Indian Medical Review
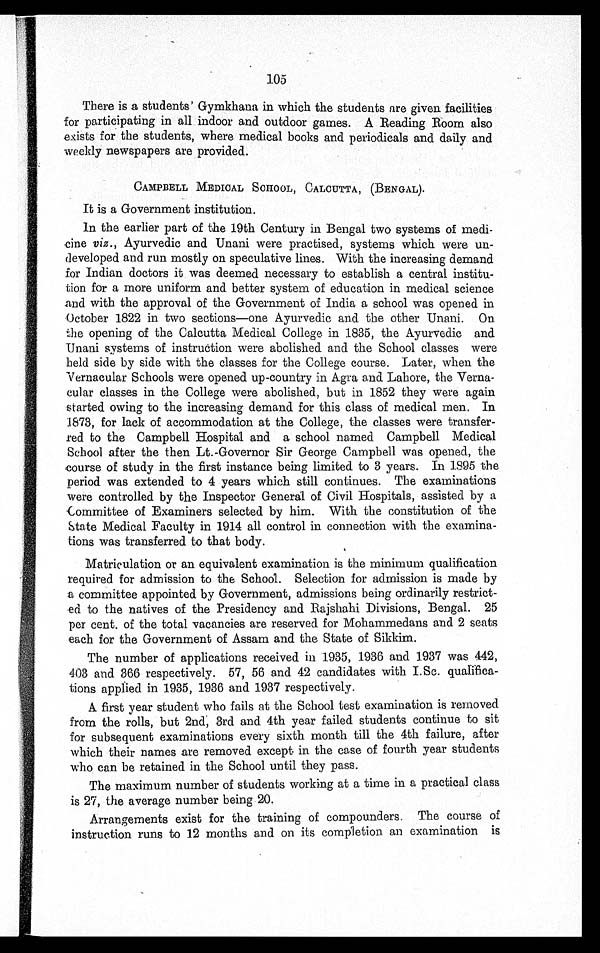
105
There is a students' Gymkhana in which the students are given facilities
for participating in all indoor and outdoor games. A Reading Room also
exists for the students, where medical books and periodicals and daily and
weekly newspapers are provided.
CAMPBELL MEDICAL SCHOOL, CALCUTTA, (BENGAL).
It is a Government institution.
In the earlier part of the 19th Century in Bengal two systems of medi
-cine viz ., Ayurvedic and Unani were practised, systems which were un
-developed and run mostly on speculative lines. With the increasing demand
for Indian doctors it was deemed necessary to establish a central institu-
tion for a more uniform and better system of education in medical science
and with the approval of the Government of India a school was opened in
October 1822 in two sections—one Ayurvedic and the other Unani. On
the opening of the Calcutta Medical College in 1835, the Ayurvedic and
Unani systems of instruction were abolished and the School classes were
held side by side with the classes for the College course. Later, when the
Vernacular Schools were opened up-country in Agra and Lahore, the Verna-
cular classes in the College were abolished, but in 1852 they were again
started owing to the increasing demand for this class of medical men. In
1873, for lack of accommodation at the College, the classes were transfer
-red to the Campbell Hospital and a school named Campbell Medical
School after the then Lt.-Governor Sir George Campbell was opened, the
course of study in the first instance being limited to 3 years. In 1895 the
period was extended to 4 years which still continues. The examinations
were controlled by the Inspector General of Civil Hospitals, assisted by a
Committee of Examiners selected by him. With the constitution of the
State Medical Faculty in 1914 all control in connection with the examina
-tions was transferred to that body.
Matriculation or an equivalent examination is the minimum qualification
required for admission to the School. Selection for admission is made by
a committee appointed by Government, admissions being ordinarily restrict
-ed to the natives of the Presidency and Rajshahi Divisions, Bengal. 25
per cent. of the total vacancies are reserved for Mohammedans and 2 seats
each for the Government of Assam and the State of Sikkim.
The number of applications received in 1935, 1936 and 1937 was 442,
403 and 366 respectively. 57, 56 and 42 candidates with I.Sc. qualifica-
tions applied in 1935, 1936 and 1937 respectively.
A first year student who fails at the School test examination is removed
from the rolls, but 2nd, 3rd and 4th year failed students continue to sit
for subsequent examinations every sixth month till the 4th failure, after
which their names are removed except in the case of fourth year students
who can be retained in the School until they pass.
The maximum number of students working at a time in a practical class
is 27, the average number being 20.
Arrangements exist for the training of compounders. The course of
instruction runs to 12 months and on its completion an examination is